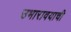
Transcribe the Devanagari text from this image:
उभारावयाची